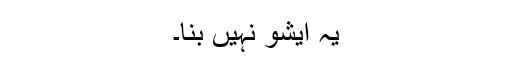
یہ ایشو نہیں بنا۔